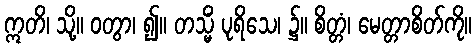
ဣတိ၊ သို့။ ဝတွာ၊ ၍။ တသ္မိံ ပုရိသေ၊ ၌။ စိတ္တံ၊ မေတ္တာစိတ်ကို။